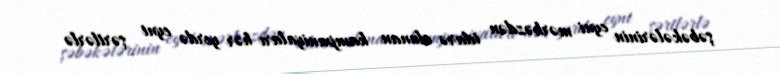
şəbəkələrinin eyni mərkəzdən idarə olunan kampaniyaları hər yerdə eyni şərtlərlə